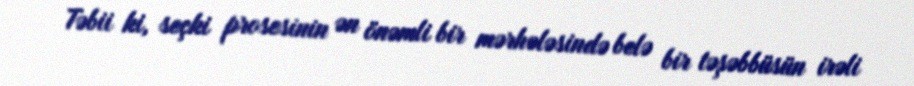
Təbii ki, seçki prosesinin ən önəmli bir mərhələsində belə bir təşəbbüsün irəli